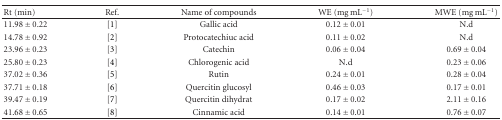
<table><thead><tr><td><b>Rt (min)</b></td><td><b>Ref.</b></td><td><b>Name of compounds</b></td><td><b>WE (mg mL<sup>−1</sup>)</b></td><td><b>MWE (mg mL<sup>−1</sup>)</b></td></tr></thead><tbody><tr><td>11.98 ± 0.22</td><td>[1]</td><td>Gallic acid</td><td>0.12 ± 0.01</td><td>N.d</td></tr><tr><td>14.78 ± 0.92</td><td>[2]</td><td>Protocatechiuc acid</td><td>0.11 ± 0.02</td><td>N.d</td></tr><tr><td>23.96 ± 0.23</td><td>[3]</td><td>Catechin</td><td>0.06 ± 0.04</td><td>0.69 ± 0.04</td></tr><tr><td>25.80 ± 0.23</td><td>[4]</td><td>Chlorogenic acid</td><td>N.d</td><td>0.23 ± 0.06</td></tr><tr><td>37.02 ± 0.36</td><td>[5]</td><td>Rutin</td><td>0.24 ± 0.01</td><td>0.28 ± 0.04</td></tr><tr><td>37.71 ± 0.18</td><td>[6]</td><td>Quercitin glucosyl</td><td>0.46 ± 0.03</td><td>0.17 ± 0.01</td></tr><tr><td>39.47 ± 0.19</td><td>[7]</td><td>Quercitin dihydrat</td><td>0.17 ± 0.02</td><td>2.11 ± 0.16</td></tr><tr><td>41.68 ± 0.65</td><td>[8]</td><td>Cinnamic acid</td><td>0.14 ± 0.01</td><td>0.76 ± 0.07</td></tr></tbody></table>